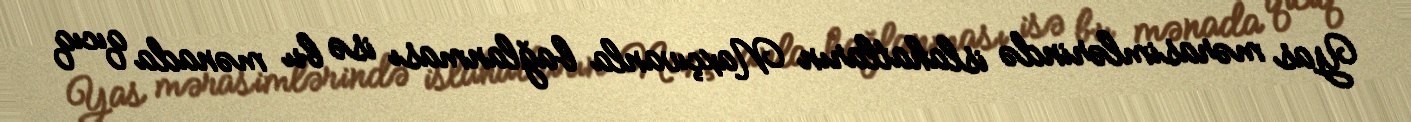
Yas mərasimlərində islahatların Naxçıvanla bağlanması isə bu mənada qıcıq